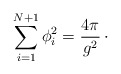
\begin{align*}\sum_{i=1}^{N+1} \phi_{i}^{2} = {4\pi\over g^{2}}\,\cdotp\end{align*}